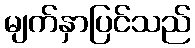
မျက်နှာပြင်သည်